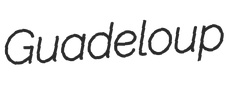
Guadeloup